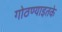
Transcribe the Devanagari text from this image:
गोठण्याइतके